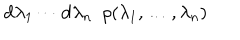
\mathrm { d } \lambda _ { 1 } \cdots \mathrm { d } \lambda _ { n } \, \, \, \rho ( \lambda _ { 1 } , \ldots , \lambda _ { n } )